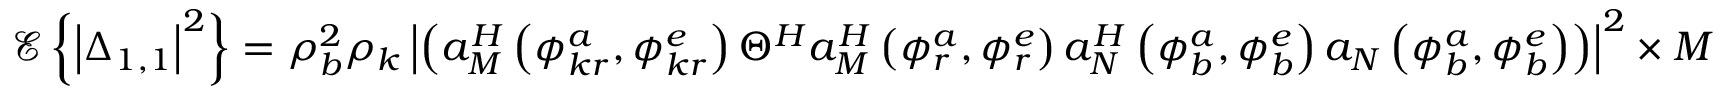
\mathscr { E } \left\{ \left| \Delta _ { 1 , 1 } \right| ^ { 2 } \right\} = \rho _ { b } ^ { 2 } \rho _ { k } \left| \left( a _ { M } ^ { H } \left( \phi _ { k r } ^ { a } , \phi _ { k r } ^ { e } \right) \Theta ^ { H } a _ { M } ^ { H } \left( \phi _ { r } ^ { a } , \phi _ { r } ^ { e } \right) a _ { N } ^ { H } \left( \phi _ { b } ^ { a } , \phi _ { b } ^ { e } \right) a _ { N } \left( \phi _ { b } ^ { a } , \phi _ { b } ^ { e } \right) \right) \right| ^ { 2 } \times M